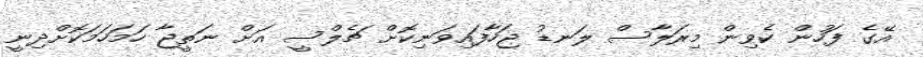
އޭގެ ފަހުން ކެވިން މިރަލާސް ލަނޑު ޖަހާފައިވަނިކޮށް ޗެލްސީ އަށް ނަތީޖާ ހަމަހަމަކޮށްދިނީ